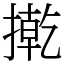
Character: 㨴